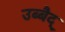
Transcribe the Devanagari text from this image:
उब्बैद्